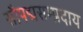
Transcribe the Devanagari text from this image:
सौपद्मसम्प्रदाय